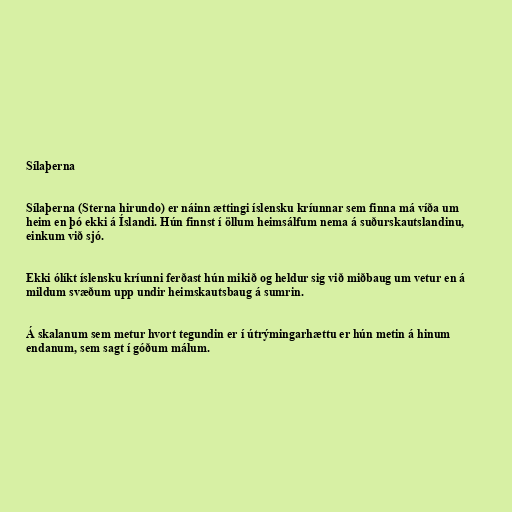
Sílaþerna

Sílaþerna (Sterna hirundo) er náinn ættingi íslensku kríunnar sem finna má víða um
heim en þó ekki á Íslandi. Hún finnst í öllum heimsálfum nema á suðurskautslandinu,
einkum við sjó.

Ekki ólíkt íslensku kríunni ferðast hún mikið og heldur sig við miðbaug um vetur en á
mildum svæðum upp undir heimskautsbaug á sumrin.

Á skalanum sem metur hvort tegundin er í útrýmingarhættu er hún metin á hinum
endanum, sem sagt í góðum málum.